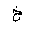
Letter: _kha